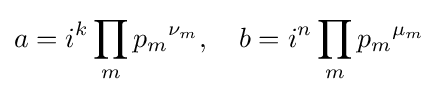
a=i^{k}\prod _{m}{p_{m}}^{\nu _{m}},\quad b=i^{n}\prod _{m}{p_{m}}^{\mu _{m}}